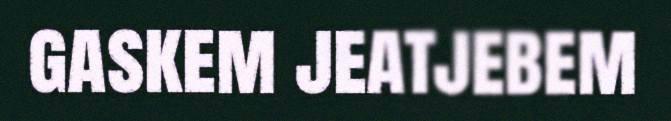
gaskem jeatjebem